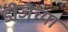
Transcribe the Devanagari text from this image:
डीजेच्या